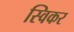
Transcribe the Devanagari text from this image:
स्विकर